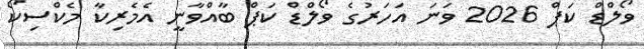
ވޯލްޑް ކަޕް 2026 ވަނަ އަހަރުގެ ވޯލްޑް ކަޕް ބާއްވާނީ އެމެރިކާ މެކްސިކޯ